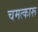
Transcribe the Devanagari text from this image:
चमत्कारू